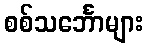
စစ်သင်္ဘောများ